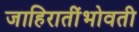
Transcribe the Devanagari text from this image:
जाहिरातींभोवती